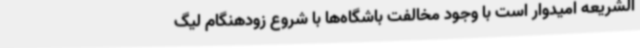
الشریعه امیدوار است با وجود مخالفت باشگاه‌ها با شروع زودهنگام لیگ